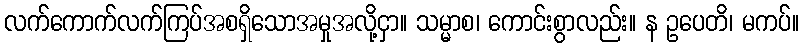
လက်ကောက်လက်ကြပ်အစရှိသောအမှုအလို့ငှာ။ သမ္မာစ၊ ကောင်းစွာလည်း။ န ဥပေတိ၊ မကပ်။